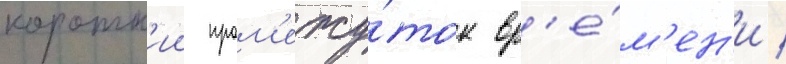
коротк'ии пром'ежу́ток вр'е́м'ен'и /